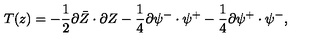
T ( z ) = - \frac { 1 } { 2 } \partial \bar { Z } \cdot \partial Z - \frac { 1 } { 4 } \partial { \psi } ^ { - } \cdot \psi ^ { + } - \frac { 1 } { 4 } \partial \psi ^ { + } \cdot { \psi } ^ { - } , \nonumber